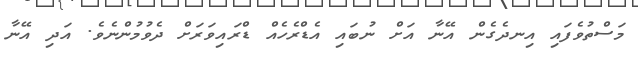
މަސްތުވެފައި އިނދެގެން އޭނާ އަށް ނުބައި އެޑްރެހެއް ޑްރައިވަރަށް ދެވުމުންނެވެ. އަދި އޭނާ